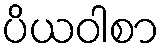
ပိယဝါစာ